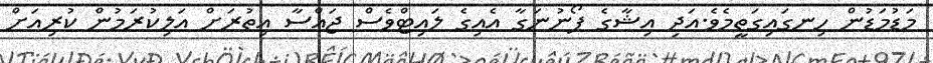
މަޑުމަޑުން ހިނގައިގަތީމެވެ.އަދި އިޝާގެ ފޯނުނަގާ އެއިގެ ލައިޓްވެސް ޖައްސާ އިތުރަށް އަލިކުރަމުން ކުރިއަށް